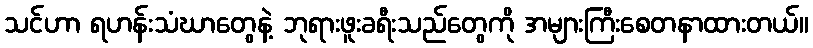
သင်ဟာ ရဟန်းသံဃာတွေနဲ့ ဘုရားဖူးခရီးသည်တွေကို အများကြီးစေတနာထားတယ်။